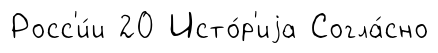
Росс'и́и 20 Исто́р'иjа Согла́сно